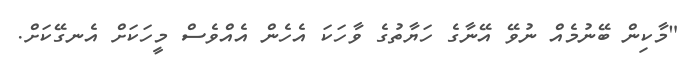
"މާކިން ބޭނުމެއް ނުވޭ އޭނާގެ ހަޔާތުގެ ވާހަކަ އެހެން އެއްވެސް މީހަކަށް އެނގޭކަށް.